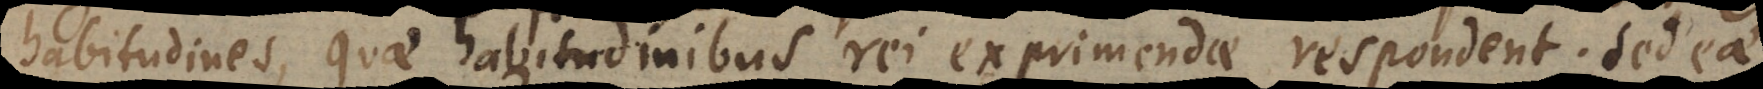
habitudines, quae habitudinibus rei exprimendae respondent. Sed e